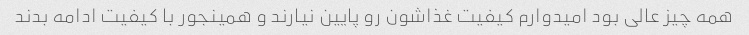
همه چیز عالی بود امیدوارم کیفیت غذاشون رو پایین نیارند و همینجور با کیفیت ادامه بدند